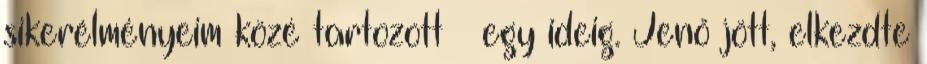
sikerélményeim közé tartozott – egy ideig. Jenő jött, elkezdte